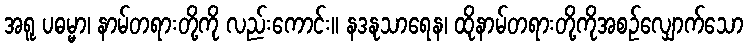
အရူ ပဓမ္မာ၊ နာမ်တရားတို့ကို လည်းကောင်း။ နဒနုသာရေန၊ ထိုနာမ်တရားတို့ကိုအစဉ်လျှောက်သော